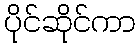
ပိုင်ဆိုင်ကာ